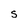
Character: S